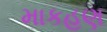
માકહણ